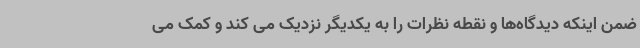
ضمن اینکه دیدگاه‌ها و نقطه نظرات را به یکدیگر نزدیک می کند و کمک می